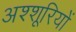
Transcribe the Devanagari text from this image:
अश्शूरियों